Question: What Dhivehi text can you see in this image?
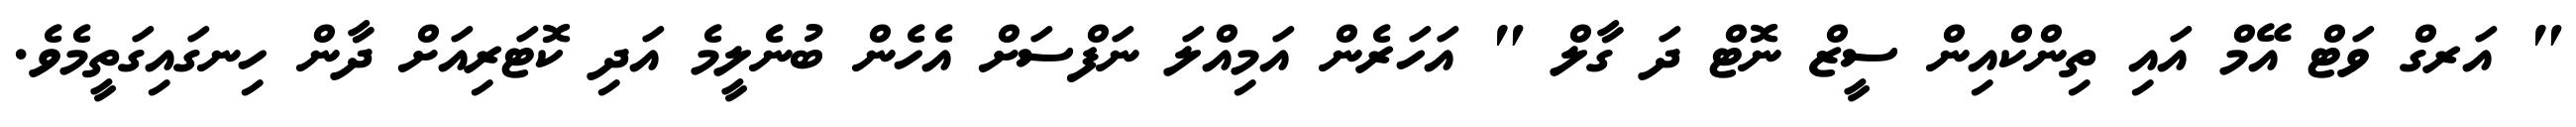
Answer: " އަރގް ވަޓް އޭމް އައި ތިންކްއިން ސީޒް ނޮޓް ދަ ގާލް " އަހަރެން އަމިއްލަ ނަފްސަށް އެހެން ބުނެލީމެ އަދި ކޮޓަރިއަށް ދާން ހިނގައިގަތީމެވެ.